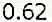
0.62